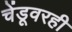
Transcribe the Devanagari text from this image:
चेंडूवरही